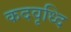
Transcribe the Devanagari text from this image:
कदवृध्दि